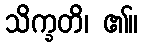
သိက္ခတိ၊ ၏။